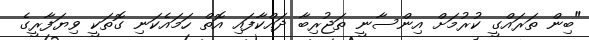
"ބިން ތަރައްގީ ކުރުމަށް އިންސާނީ ތަޖުރިބާ ދައްކާފައި އޮތް ހަމައެކަނި ގޮތަކީ ވިޔަފާރީގެ